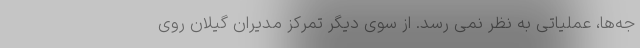
جه‌ها، عملیاتی به نظر نمی رسد. از سوی دیگر تمرکز مدیران گیلان روی